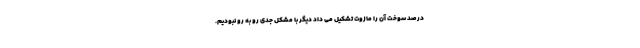
درصد سوخت آن را مازوت تشکیل می داد دیگر با مشکل جدی رو به رو نبودیم.